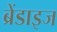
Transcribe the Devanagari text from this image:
ब्रेंडाइज